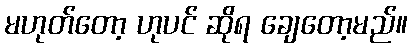
မဟုတ်တော့ ဟုပင် ဆိုရ ချေတော့မည်။